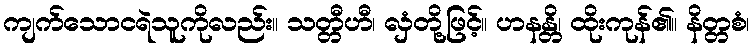
ကျက်သောငရဲသူကိုလည်း။ သတ္တီဟီ၊ လှံတို့ဖြင့်။ ဟနန္တိ၊ ထိုးကုန်၏။ နိတ္တစံ၊